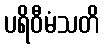
ပရိဝီမံသတိ